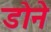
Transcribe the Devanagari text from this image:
डोने